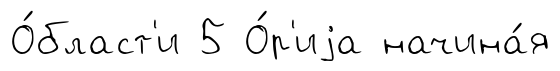
О́бласт'и 5 О́р'иjа начина́я